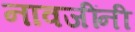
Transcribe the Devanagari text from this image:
नावजींनी